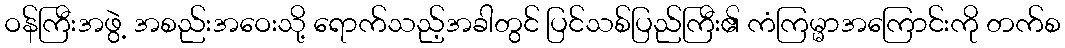
ဝန်ကြီးအဖွဲ့ အစည်းအဝေးသို့ ရောက်သည့်အခါတွင် ပြင်သစ်ပြည်ကြီး၏ ကံကြမ္မာအကြောင်းကို တက်စ